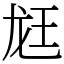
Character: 䶭